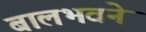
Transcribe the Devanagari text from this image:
बालभवने